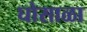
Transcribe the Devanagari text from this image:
घोसाळा